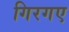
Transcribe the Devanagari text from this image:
गिरगए